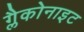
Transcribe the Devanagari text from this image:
ग्लैकोनाइट